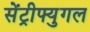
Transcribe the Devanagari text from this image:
सेंट्रीफ्युगल